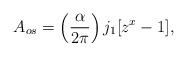
LaTeX: \begin{align*}A_{os} = \left(\frac{\alpha}{2\pi}\right)j_1 [z^x-1],\end{align*}